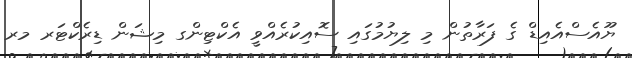
ޔޫއެސްއެއިޑް ގެ ފަރާތުން މި ލިޔުމުގައި ސޮއިކުރެއްވީ އެކްޓިންގ މިޝަން ޑިރެކްޓަރ މރ